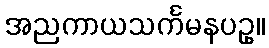
အညကာယသင်္ကမနပဥှ။